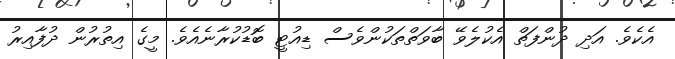
އެކެވެ. އަދި ދުންފަތް އެކުލެވޭ ބާވަތްތަކުންވެސް ޑިއުޓީ ބޮޑުކުރާނެއެވެ. މީގެ އިތުރުން ދުފާއިރު